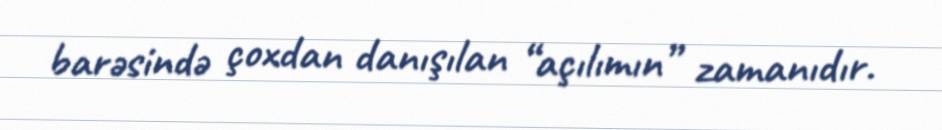
barəsində çoxdan danışılan “açılımın” zamanıdır.